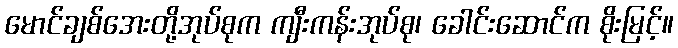
မောင်ချစ်အေးတို့အုပ်စုက ကျီးကန်းအုပ်စု၊ ခေါင်းဆောင်က စိုးမြင့်။